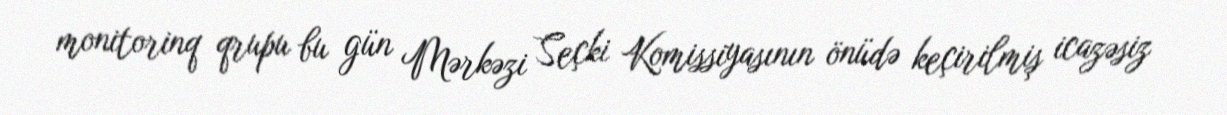
monitorinq qrupu bu gün Mərkəzi Seçki Komissiyasının önüdə keçirilmiş icazəsiz